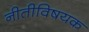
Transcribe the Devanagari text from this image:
नीतीविषयक